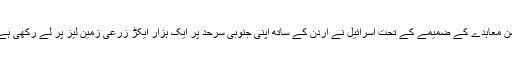
امن معاہدے کے ضمیمے کے تحت اسرائیل نے اردن کے ساتھ اپنی جنوبی سرحد پر ایک ہزار ایکڑ زرعی زمین لیز پر لے رکھی ہے۔